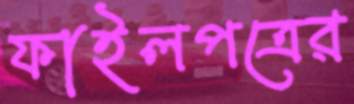
ফাইলপত্রের